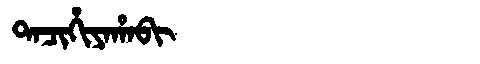
Manchu: ᡨᠠᠴᡳᡥᡳᠶᠠᡥᠠᠪᡳ
Romanization: TACIHIYAHABI